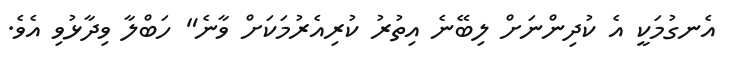
އެނގުމަކީ އެ ކުދިންނަށް ލިބޭނެ އިތުރު ކުރިއެރުމަކަށް ވާނެ" ހަބްލާ ވިދާޅުވި އެވެ.